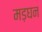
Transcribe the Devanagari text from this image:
मड़घन